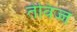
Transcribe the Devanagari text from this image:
तेविज्ज